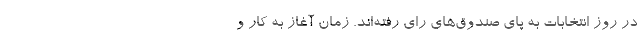
در روز انتخابات به پای صندوق‌های رای رفته‌اند. زمان آغاز به کار و